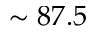
\sim 8 7 . 5